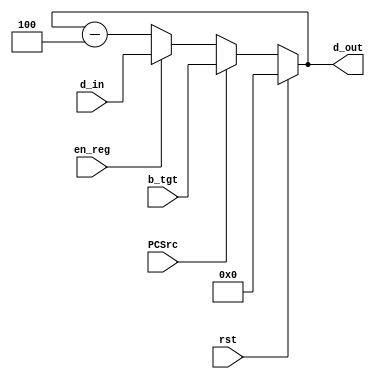
/*
	Input Port
		1. clk
		2. rst: mT
		3. en_reg: sO_igJ
		4. d_in: gJs
	Output Port
		1. d_out: s
*/
module reg32 ( rst, en_reg, PCSrc, b_tgt, d_in, d_out );
    input rst, en_reg, PCSrc;
    input[31:0]	d_in, b_tgt;
    output reg [31:0] d_out;
   
    always@(rst or d_in or en_reg or PCSrc) begin
        if ( rst )
			d_out = 32'b0;
		else if ( PCSrc )
			d_out = b_tgt;
        else if ( en_reg )
			d_out = d_in;
		else 
			d_out = d_out-32'd4 ;
    end

endmodule